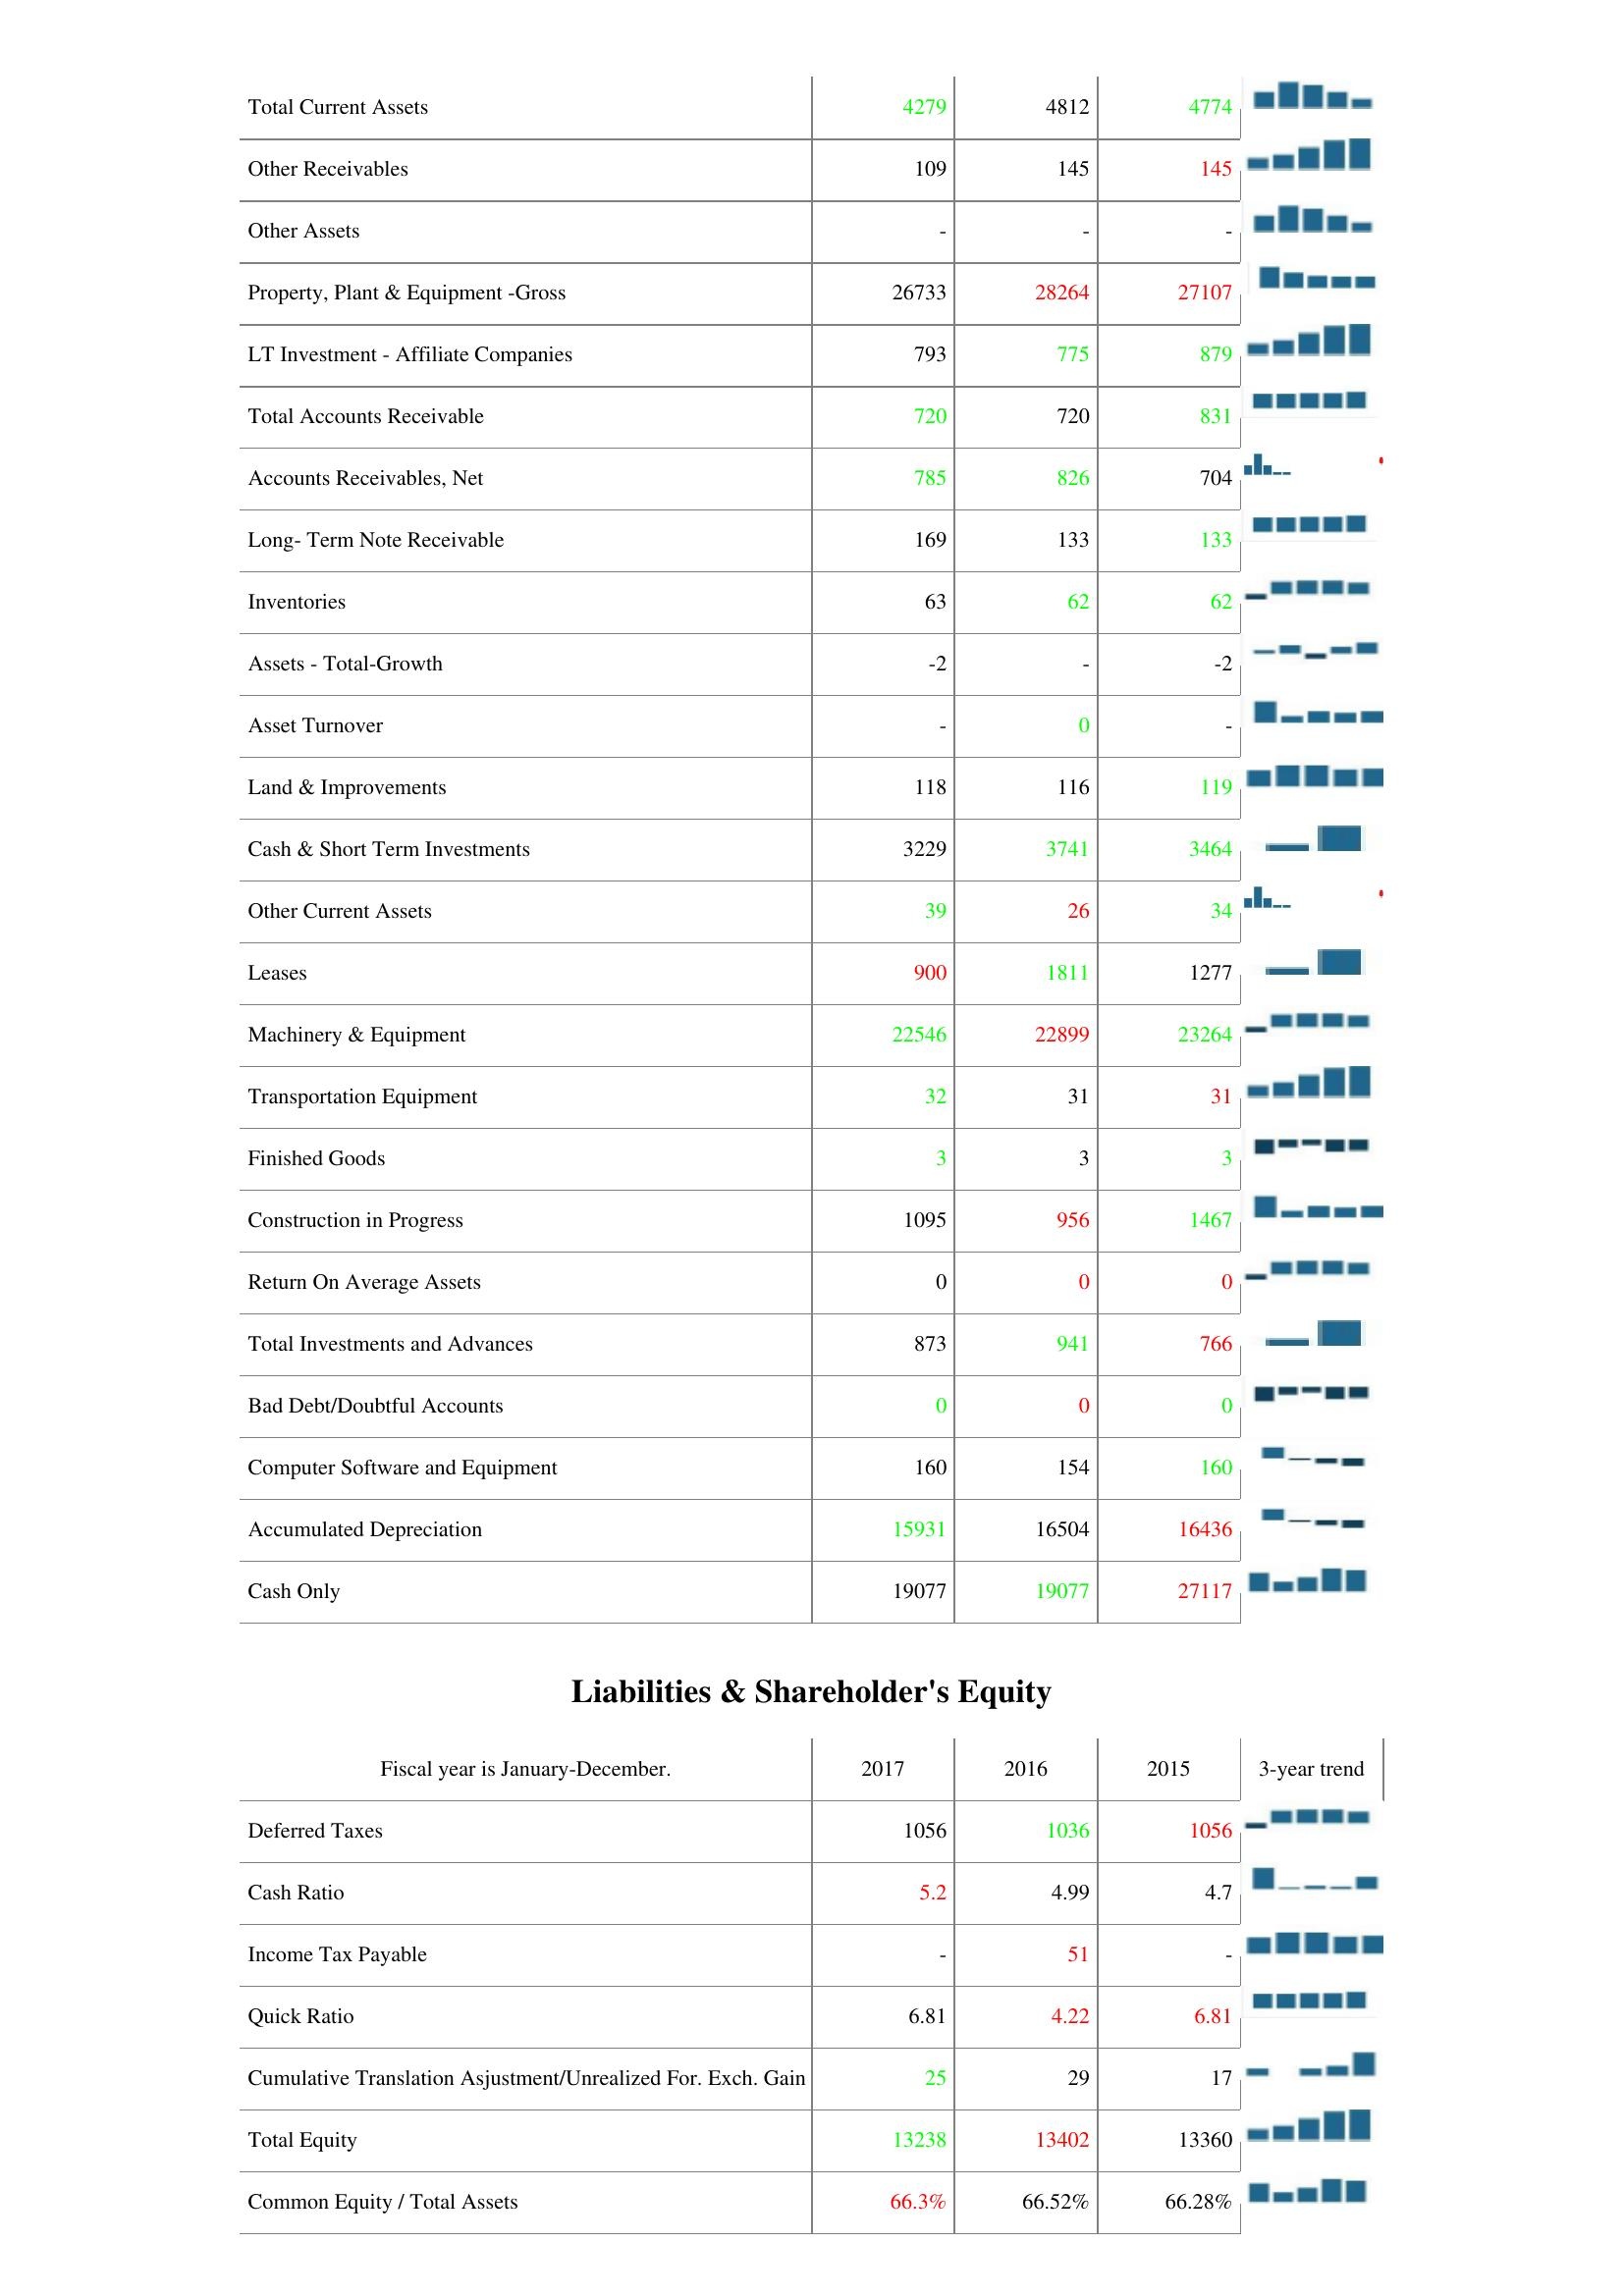
2017: Assets: Total Current Assets: 4279
Other Receivables: 109
Other Assets: -
Property, Plant & Equipment -Gross: 26733
LT Investment - Affiliate Companies: 793
Total Accounts Receivable: 720
Accounts Receivables, Net: 785
Long- Term Note Receivable: 169
Inventories: 63
Assets - Total-Growth: -2
Asset Turnover: -
Land & Improvements: 118
Cash & Short Term Investments: 3229
Other Current Assets: 39
Leases: 900
Machinery & Equipment: 22546
Transportation Equipment: 32
Finished Goods: 3
Construction in Progress: 1095
Return On Average Assets: 0
Total Investments and Advances: 873
Bad Debt/Doubtful Accounts: 0
Computer Software and Equipment: 160
Accumulated Depreciation: 15931
Cash Only: 19077
Liabilities & Shareholder's Equity: Deferred Taxes: 1056
Cash Ratio: 5.2
Income Tax Payable: -
Quick Ratio: 6.81
Cumulative Translation Asjustment/Unrealized For. Exch. Gain: 25
Total Equity: 13238
Common Equity / Total Assets: 66.3%
2016: Assets: Total Current Assets: 4812
Other Receivables: 145
Other Assets: -
Property, Plant & Equipment -Gross: 28264
LT Investment - Affiliate Companies: 775
Total Accounts Receivable: 720
Accounts Receivables, Net: 826
Long- Term Note Receivable: 133
Inventories: 62
Assets - Total-Growth: -
Asset Turnover: 0
Land & Improvements: 116
Cash & Short Term Investments: 3741
Other Current Assets: 26
Leases: 1811
Machinery & Equipment: 22899
Transportation Equipment: 31
Finished Goods: 3
Construction in Progress: 956
Return On Average Assets: 0
Total Investments and Advances: 941
Bad Debt/Doubtful Accounts: 0
Computer Software and Equipment: 154
Accumulated Depreciation: 16504
Cash Only: 19077
Liabilities & Shareholder's Equity: Deferred Taxes: 1036
Cash Ratio: 4.99
Income Tax Payable: 51
Quick Ratio: 4.22
Cumulative Translation Asjustment/Unrealized For. Exch. Gain: 29
Total Equity: 13402
Common Equity / Total Assets: 66.52%
2015: Assets: Total Current Assets: 4774
Other Receivables: 145
Other Assets: -
Property, Plant & Equipment -Gross: 27107
LT Investment - Affiliate Companies: 879
Total Accounts Receivable: 831
Accounts Receivables, Net: 704
Long- Term Note Receivable: 133
Inventories: 62
Assets - Total-Growth: -2
Asset Turnover: -
Land & Improvements: 119
Cash & Short Term Investments: 3464
Other Current Assets: 34
Leases: 1277
Machinery & Equipment: 23264
Transportation Equipment: 31
Finished Goods: 3
Construction in Progress: 1467
Return On Average Assets: 0
Total Investments and Advances: 766
Bad Debt/Doubtful Accounts: 0
Computer Software and Equipment: 160
Accumulated Depreciation: 16436
Cash Only: 27117
Liabilities & Shareholder's Equity: Deferred Taxes: 1056
Cash Ratio: 4.7
Income Tax Payable: -
Quick Ratio: 6.81
Cumulative Translation Asjustment/Unrealized For. Exch. Gain: 17
Total Equity: 13360
Common Equity / Total Assets: 66.28%